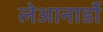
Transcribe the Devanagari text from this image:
लेआनार्डो